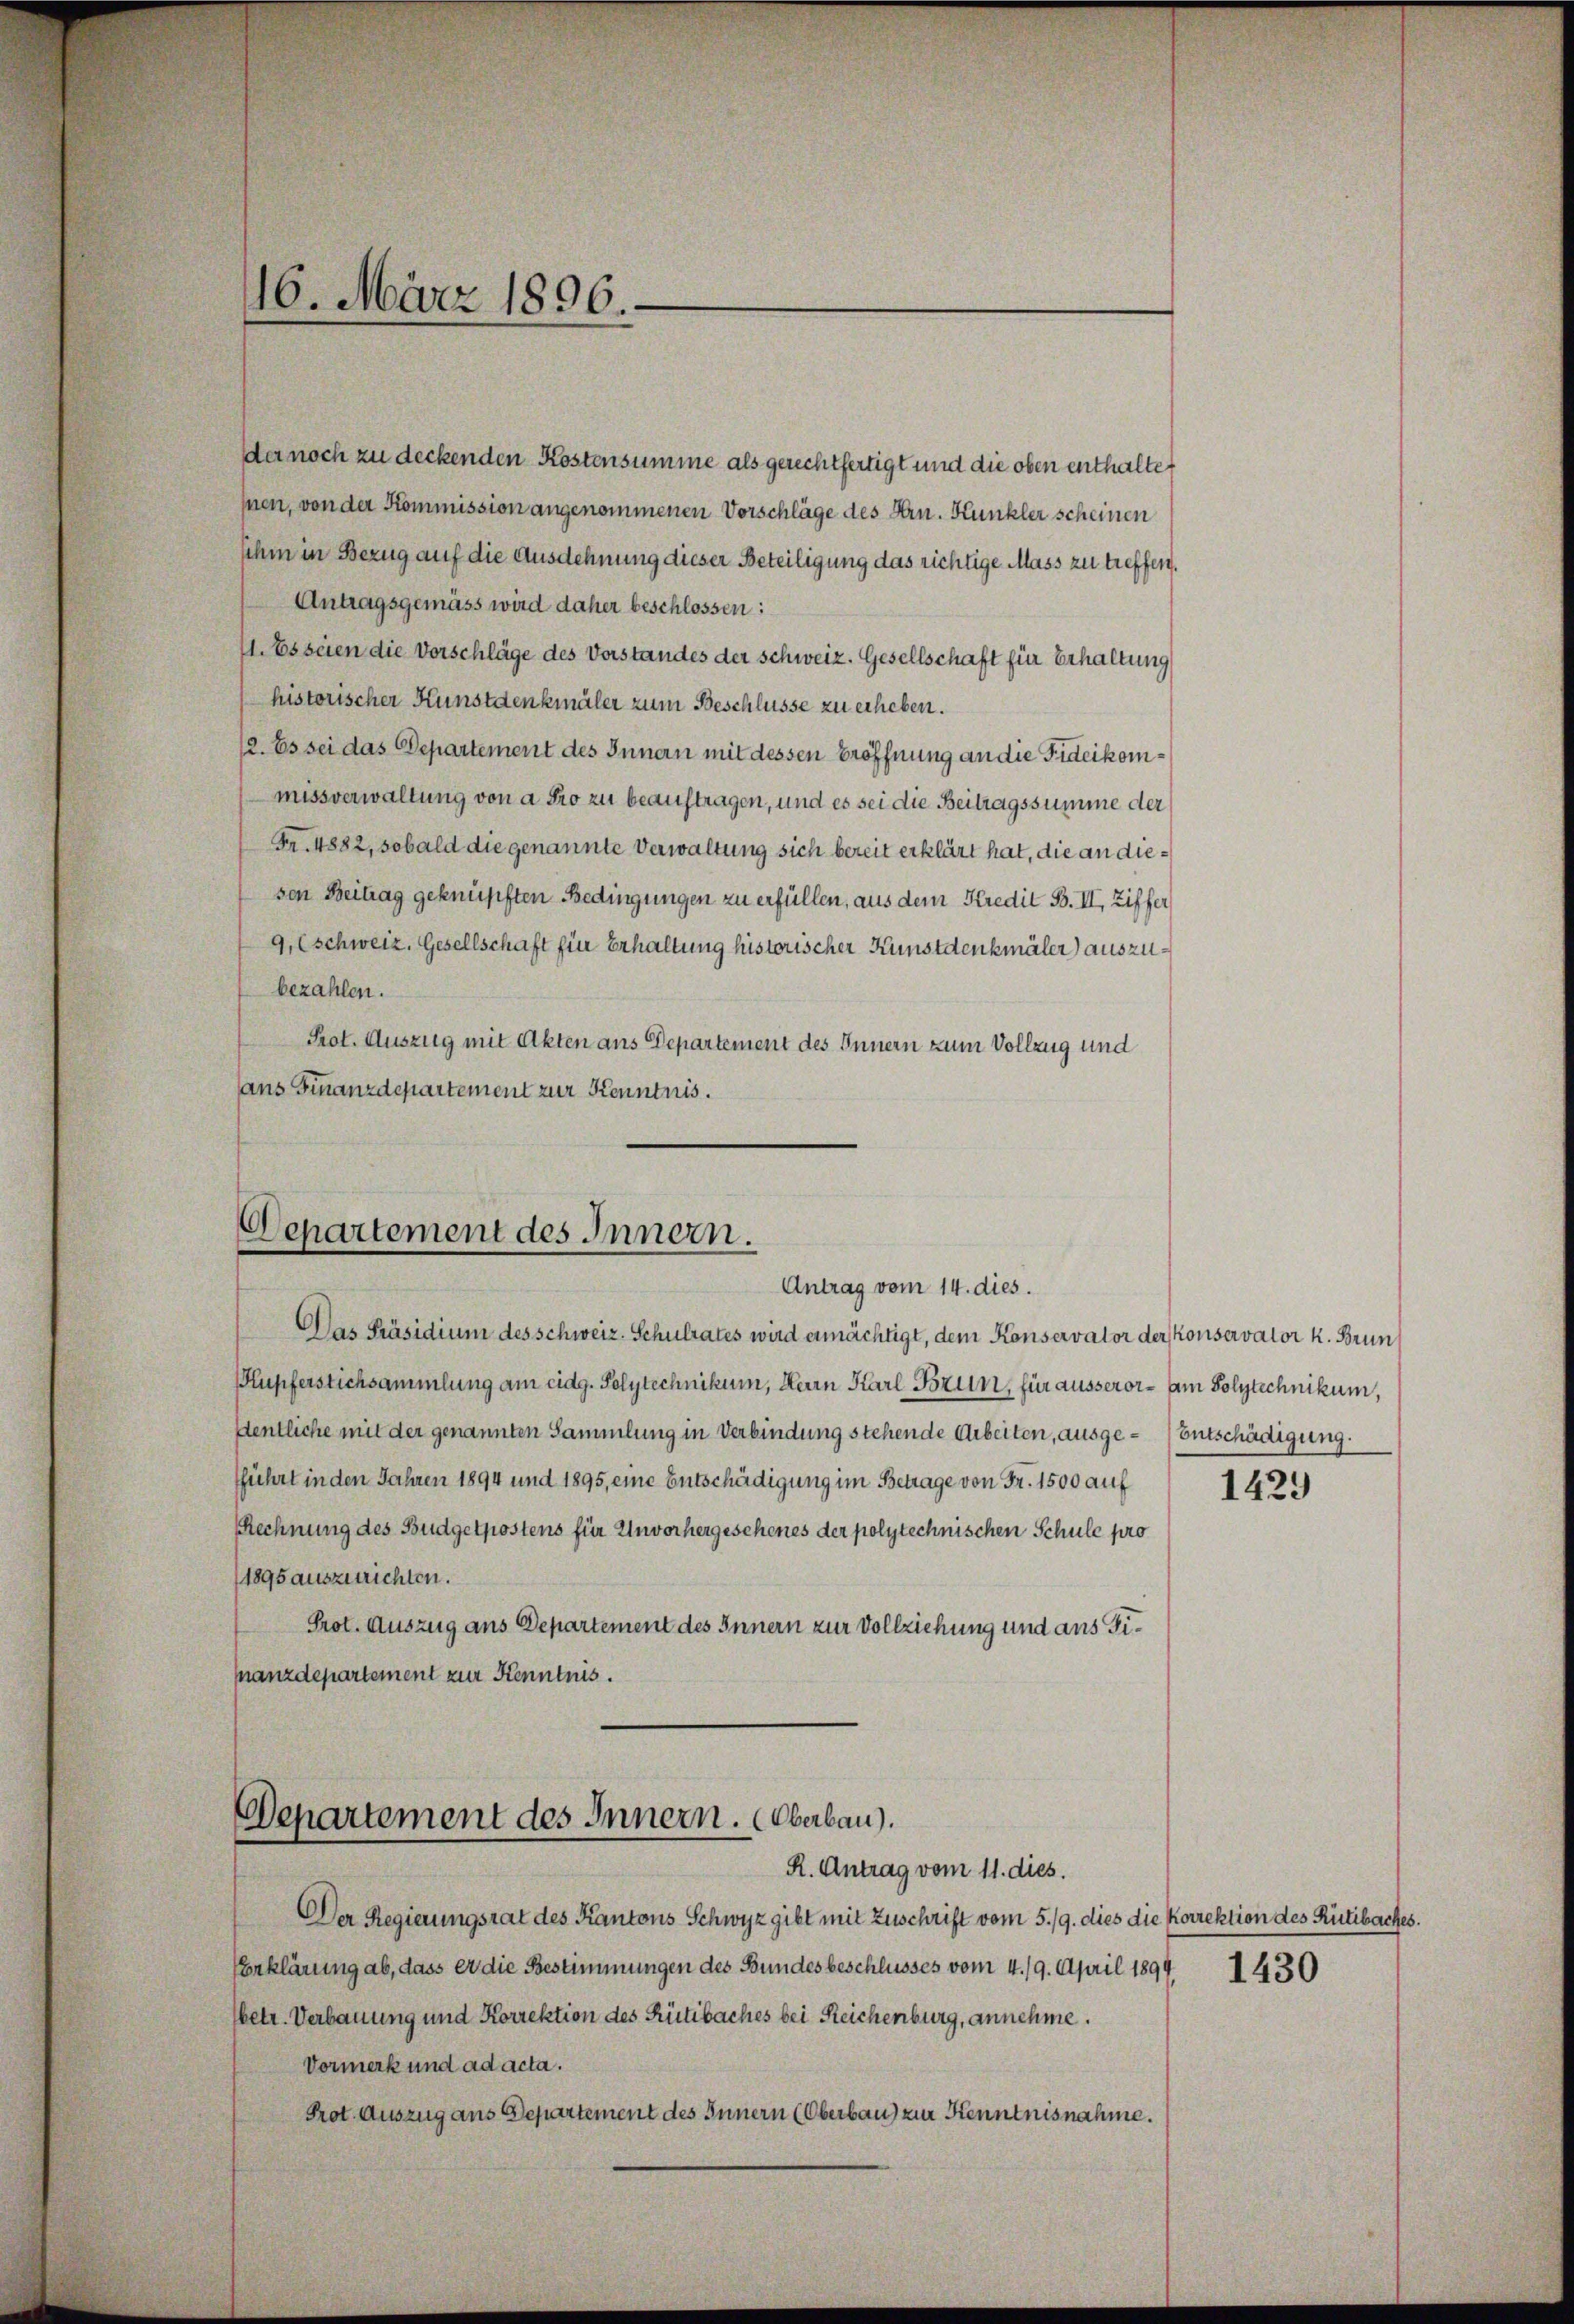
16. März 1896.

der noch zu deckenden Kostensumme als gerechtfertigt und die oben enthaltet
hnen, von der Kommission angenommenen Vorschläge des Hrn. Kunkler scheinen
sihm in Bezug auf die Ausdehnung dieser Beteiligung das richtige Mass zu treffen.
Antragsgemäss wird daher beschlossen:
11. Es seien die Vorschläge des Vorstandes der Schweiz. Gesellschaft für Erhaltung
historischer Kunstdenkmäler zum Beschlüsse zu erheben.
12. Es sei das Departement des Innen mit dessen Eröffnung an die Fideikommissverwaltung von a pro zu beauftragen, und es sei die Beitragssumme der
Fr. 1882, sobald die genannte Verwaltung sich bereit erklärt hat, die an diesen Beitrag geknüpften Bedingungen zu erfüllen, aus dem Kredit B. II, Ziffer
9, (schweiz. Gesellschaft für Erhaltung historischer Kunstdenkmäler) auszubezahlen.
Prot. Auszug mit Akten ans Departement des Innern zum Vollzug und
ans Finanzdepartement zur Kenntnis.
Departement des Innern.
Antrag vom 14. dies.
Das Präsidium des schweiz. Schulrates wird ermächtigt, dem Konservator der konservator k. Brun
Kupferstichsammlung am eidg. Polytechnikum, Herrn Karl Brun, für ausseror- am Polytechnikum,
dentliche mit der genannten Sammlung in Verbindung stehende Arbeiten, ausge-Entschädigung.
fführt in den Jahren 1894 und 1895, eine Entschädigung im Betrage von Fr. 1500 auf
Rechnung des Budgetpostens für Unvorhergesehenes der polytechnischen Schule pro
1895 auszurichten.
Prot. Auszug aus Departement des Innern zur Vollziehung und aus Finanzdepartement zur Kenntnis.
Departement des Innern. Oberbau).
R. Antrag vom 11. dies.

Der Regierungsrat des Kantons Schwyz gibt mit Zuschrift vom 5./9. dies die Korrektion des Rütibaches.
Erklärung ab, dass er die Bestimmungen des Bundesbeschlusses vom 4. 19. April 1894
betr. Verbauung und Korrektion des Rütibaches bei Reichenburg, annehme.
Vormerk und ad acta.
Prot. Auszug aus Departement des Innern (Oberbau zur Kenntnisnahme.

1429

1430